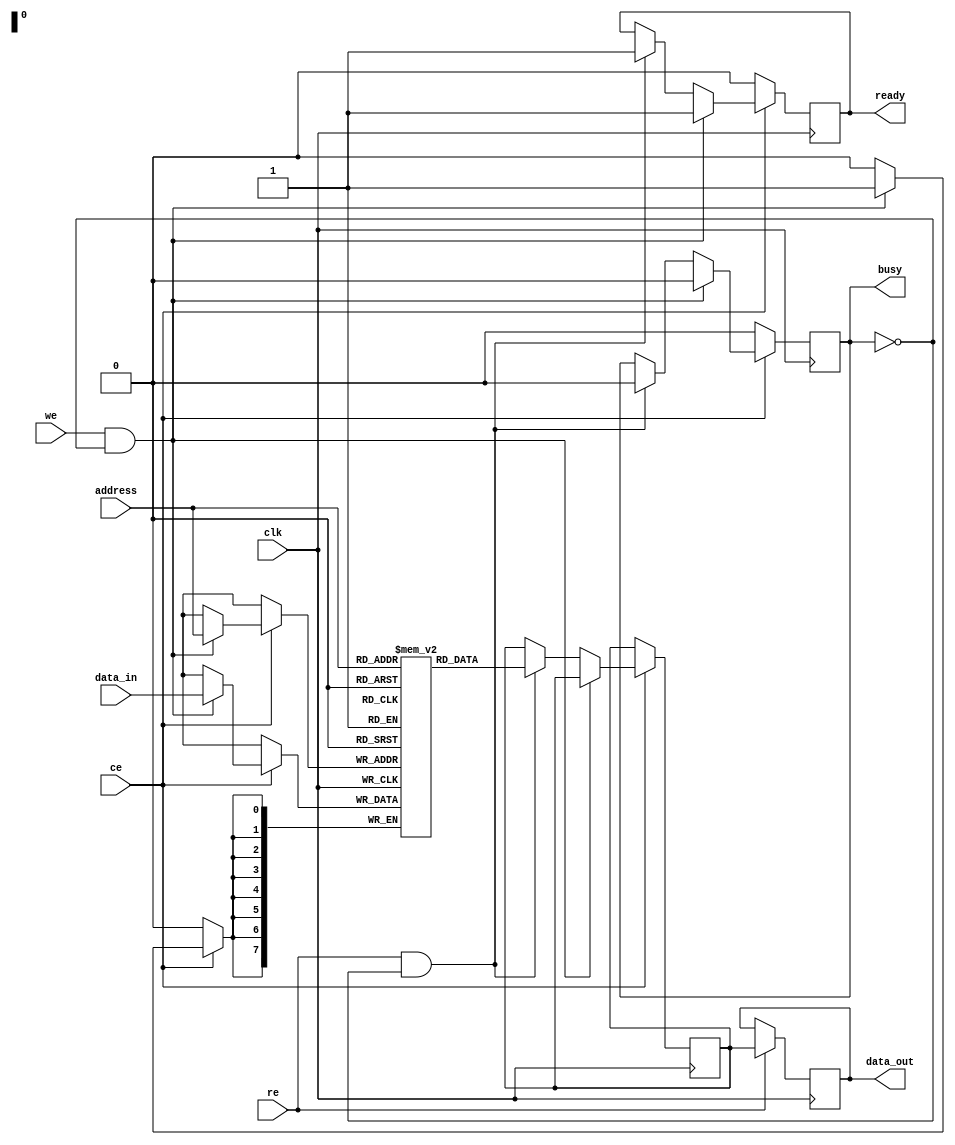
module nvsram #(
    parameter ADDR_WIDTH = 8,     // Address width (8 bits for 256 locations)
    parameter DATA_WIDTH = 8,     // Data width (8 bits per location)
    parameter MEMORY_DEPTH = 1 << ADDR_WIDTH // Memory depth
)(
    input wire clk,                // Clock signal
    input wire ce,                 // Chip Enable
    input wire we,                 // Write Enable
    input wire re,                 // Read Enable
    input wire [ADDR_WIDTH-1:0] address, // Address input
    input wire [DATA_WIDTH-1:0] data_in, // Data input
    output reg [DATA_WIDTH-1:0] data_out, // Data output
    output reg ready,              // Status indicator
    output reg busy                // Status indicator
);

    // Memory Array
    reg [DATA_WIDTH-1:0] memory[0:MEMORY_DEPTH-1];
    
    // Internal signals for read/write
    reg [DATA_WIDTH-1:0] temp_data;

    // Control Logic
    always @(posedge clk) begin
        if (!ce) begin
            // Chip is disabled
            ready <= 1'b0;
            busy <= 1'b0;
        end else begin
            if (we && !busy) begin
                // Write Operation
                busy <= 1'b1;
                memory[address] <= data_in;
                ready <= 1'b1; // Operation complete
                busy <= 1'b0;
            end else if (re && !busy) begin
                // Read Operation
                busy <= 1'b1;
                temp_data <= memory[address];
                ready <= 1'b1; // Operation complete
                busy <= 1'b0;
            end
        end
    end

    // Assign data_out based on read operation
    always @(posedge clk) begin
        if (re) begin
            data_out <= temp_data; // Output data
        end
    end

    // Erase Operation (not implemented, placeholder)
    task erase_memory;
        integer i;
        begin
            for (i = 0; i < MEMORY_DEPTH; i = i + 1) begin
                memory[i] <= {DATA_WIDTH{1'b0}}; // Reset memory cells to 0
            end
        end
    endtask

endmodule